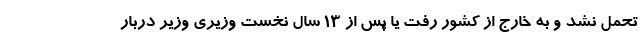
تحمل نشد و به خارج از کشور رفت یا پس از 13 سال نخست وزیری وزیر دربار